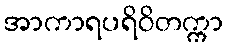
အာကာရပရိဝိတက္ကာ